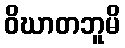
ဝိဃာတဘူမိ